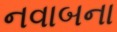
નવાબના